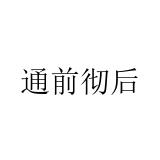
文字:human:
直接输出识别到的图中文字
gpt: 通前彻后